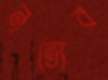
নৃত্যের